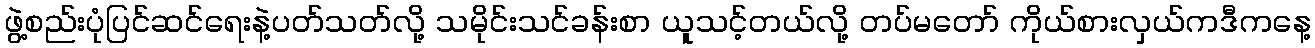
ဖွဲ့စည်းပုံပြင်ဆင်ရေးနဲ့ပတ်သတ်လို့ သမိုင်းသင်ခန်းစာ ယူသင့်တယ်လို့ တပ်မတော် ကိုယ်စားလှယ်ကဒီကနေ့